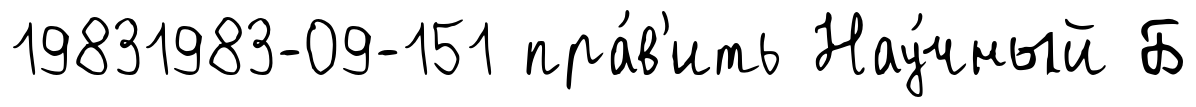
19831983-09-151 пра́в'ить Нау́чный Б